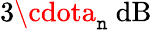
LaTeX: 3\cdota_{\mathtt{n}}\ \mathrm{{dB}}